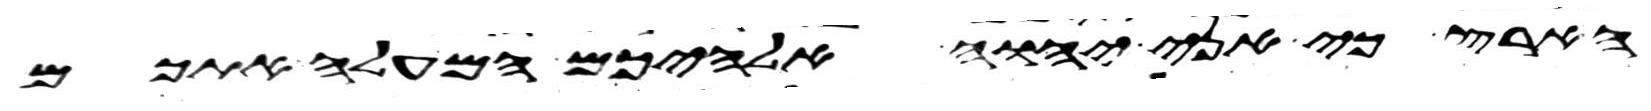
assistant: הארץ כי אני יהוה אלהיכם המעלה אתכם